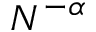
N ^ { - \alpha }